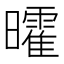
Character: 曤